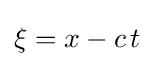
\xi =x-c\,t